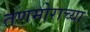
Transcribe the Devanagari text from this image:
तणमोराच्या